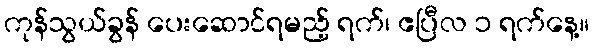
ကုန်သွယ်ခွန် ပေးဆောင်ရမည့် ရက်၊ ဧပြီလ ၁ ရက်နေ့။